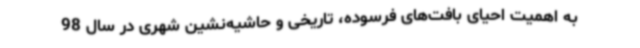
به اهمیت احیای بافت‌های فرسوده، تاریخی و حاشیه‌نشین شهری در سال 98